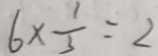
6 \times \frac { 1 } { 3 } = 2